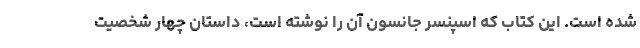
شده است. این کتاب که اسپنسر جانسون آن را نوشته است، داستان چهار شخصیت